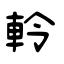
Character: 軨